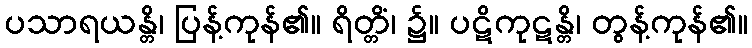
ပသာရယန္တိ၊ ပြန့်ကုန်၏။ ရိတ္တိံ၊ ၌။ ပဋိကုဋန္တိ၊ တွန့်ကုန်၏။